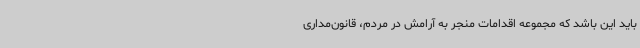
باید این باشد که مجموعه اقدامات منجر به آرامش در مردم، قانون‌مداری